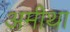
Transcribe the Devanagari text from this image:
अमीथा